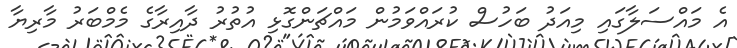
އެ މައްސަލާގައި މިއަދު ބަހުސް ކުރައްވަމުން މައްޗަންގޮޅި އުތުރު ދާއިރާގެ މެމްބަރު މާރިޔާ